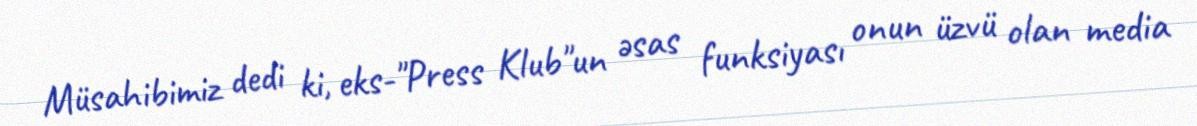
Müsahibimiz dedi ki, eks-"Press Klub"un əsas funksiyası onun üzvü olan media